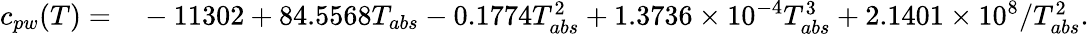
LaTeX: \begin{array}{rl}{c_{pw}(T)=}&{{}-11302+84.5568T_{abs}-0.1774T_{abs}^{2}+1.3736\times 10^{-4}T_{abs}^{3}+2.1401\times 10^{8}/T_{abs}^{2}.}\end{array}